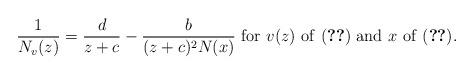
LaTeX: \begin{align*}\frac{1}{N_v(z)}=\frac{d}{z+c}-\frac{b}{(z+c)^2N(x)}~{\rm for}~v(z)~{\rm of~(\ref{eqvabc})~and~}x~{\rm of~(\ref{eqrrr})}.\end{align*}